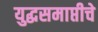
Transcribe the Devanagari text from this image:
युद्धसमाप्तीचे